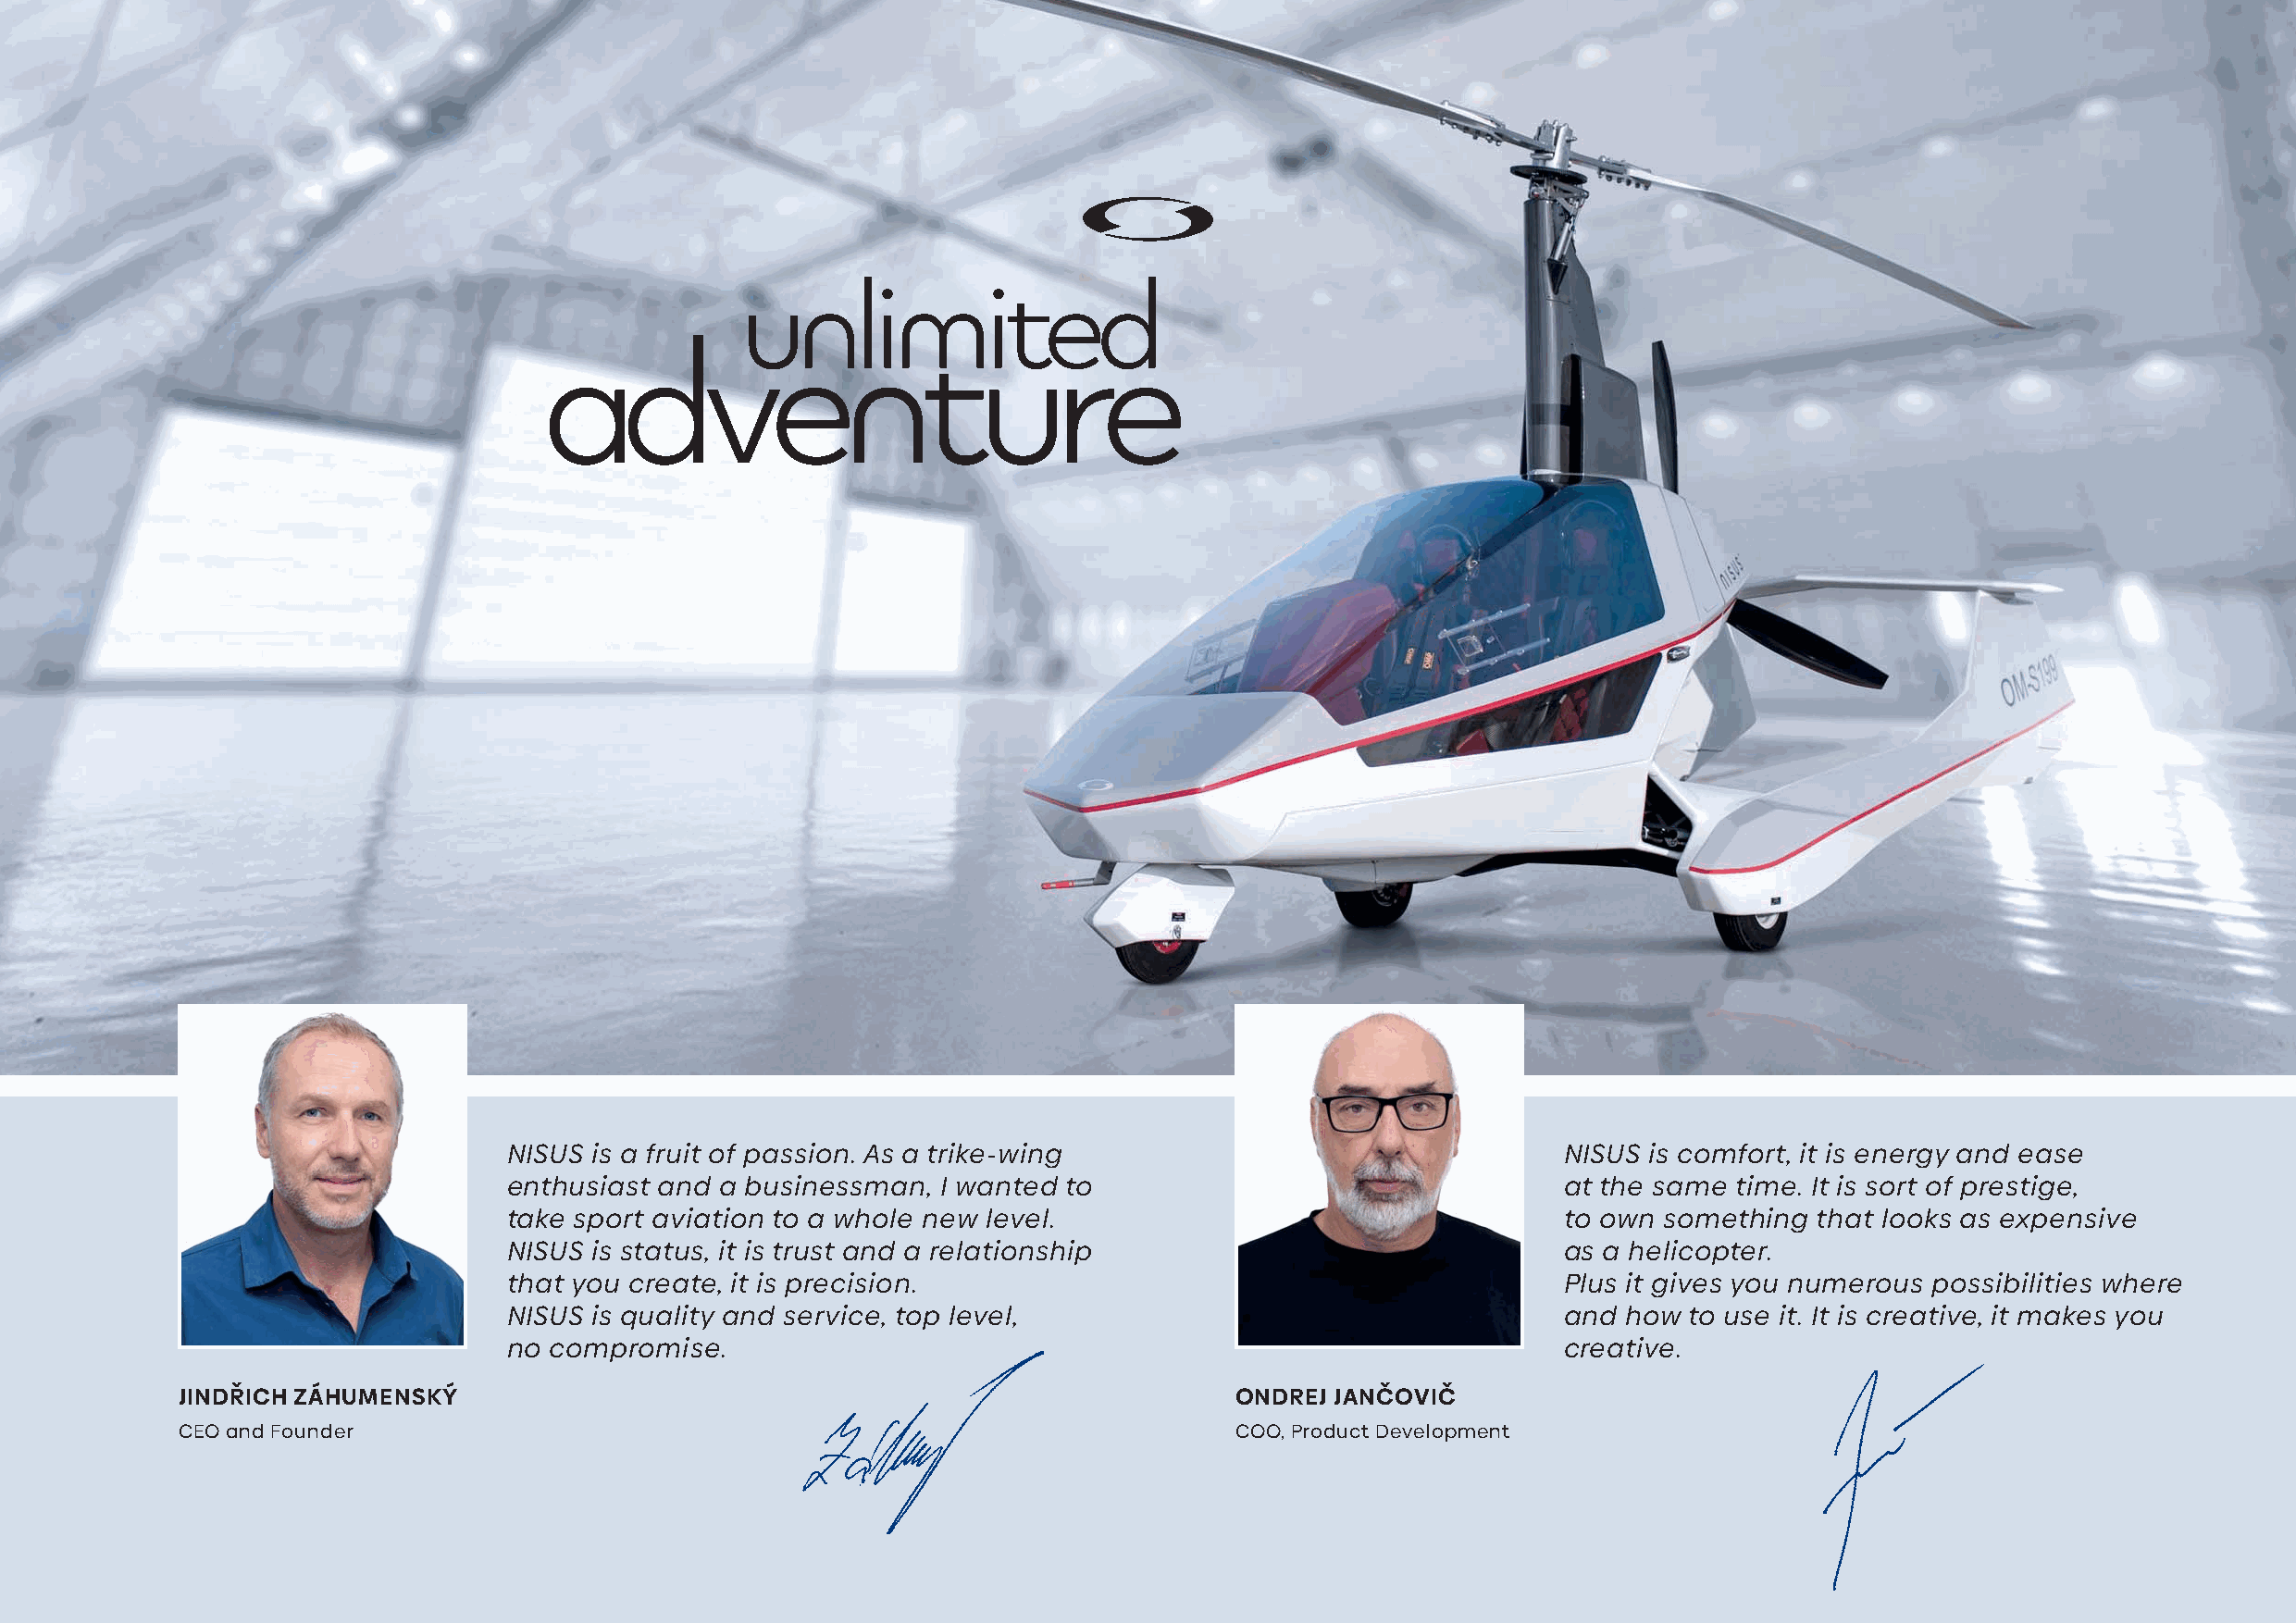
unlimited
 adventure
 NISUS is a fruit of passion. As a trike-wing                                NISUS is comfort, it is energy and ease
 enthusiast and a businessman,  I wanted to                                  at the same time. It is sort of prestige,
 take sport aviation to a whole new level.                                   to own something  that looks as expensive
 NISUS is status, it is trust and a relationship                             as a helicopter.
 that you create, it is precision.                                           Plus it gives you numerous possibilities where
 NISUS is quality and service, top level,                                    and how  to use it. It is creative, it makes you
 no compromise.                                                              creative.
 JINDŘICH ZÁHUMENSKÝ                                                        ONDREJ JANČOVIČ
 CEO and Founder                                                            COO, Product Development